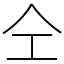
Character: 仝